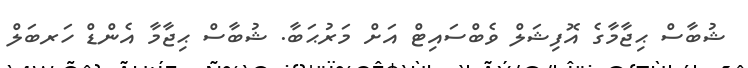
ޝުބާސް ޙިޖާމާގެ އޮފިޝަލް ވެބްސައިޓް އަށް މަރުޙަބާ. ޝުބާސް ޙިޖާމާ އެންޑް ހަރބަލް